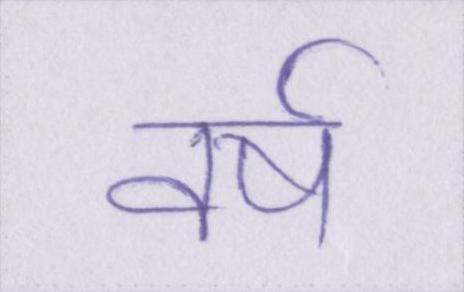
वर्ष